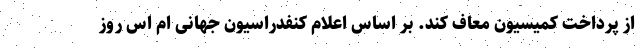
از پرداخت کمیسیون معاف کند. بر اساس اعلام کنفدراسیون جهانی ام اس روز